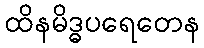
ထိနမိဒ္ဓပရေတေန